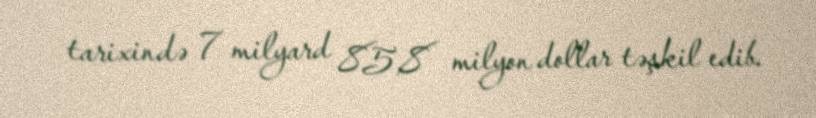
tarixində 7 milyard 85,8 milyon dollar təşkil edib.